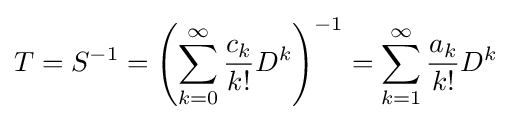
T=S^{-1}=\left(\sum _{k=0}^{\infty }{\frac {c_{k}}{k!}}D^{k}\right)^{-1}=\sum _{k=1}^{\infty }{\frac {a_{k}}{k!}}D^{k}